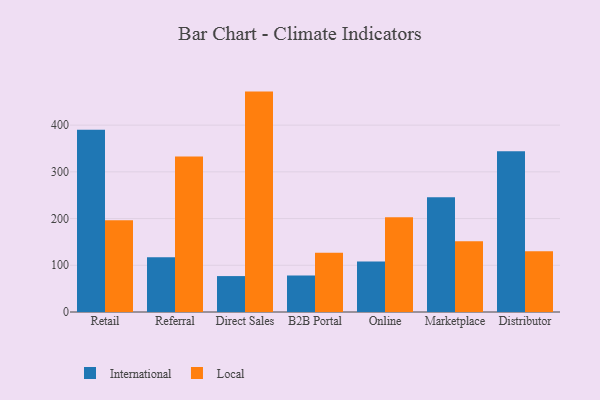
{"axis": {"x": "Channel", "y": "Conversion Rate (%)"}, "legend": ["International", "Local"], "data": [{"x": "Retail", "y": 390.4, "type": "International"}, {"x": "Retail", "y": 196.4, "type": "Local"}, {"x": "Referral", "y": 117.2, "type": "International"}, {"x": "Referral", "y": 333.0, "type": "Local"}, {"x": "Direct Sales", "y": 76.9, "type": "International"}, {"x": "Direct Sales", "y": 471.8, "type": "Local"}, {"x": "B2B Portal", "y": 77.9, "type": "International"}, {"x": "B2B Portal", "y": 126.9, "type": "Local"}, {"x": "Online", "y": 108.2, "type": "International"}, {"x": "Online", "y": 202.8, "type": "Local"}, {"x": "Marketplace", "y": 245.8, "type": "International"}, {"x": "Marketplace", "y": 151.7, "type": "Local"}, {"x": "Distributor", "y": 344.3, "type": "International"}, {"x": "Distributor", "y": 130.3, "type": "Local"}]}